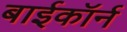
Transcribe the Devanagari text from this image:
बाईकॉर्न